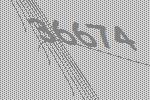
36674